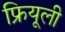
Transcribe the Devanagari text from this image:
फ्रियूली